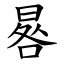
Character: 晷